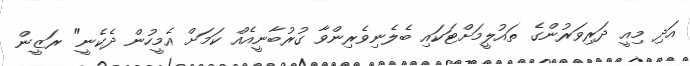
އަދި މިއީ ދަރިވަރުންގެ ތައުލީމަށްޓަކައި ބެލެނިވެރިންވާ ގުރުބާނީއެއް ކަމަށް އެމީހުން ދެކެނީ" ރަޒީން